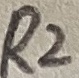
Text: R2